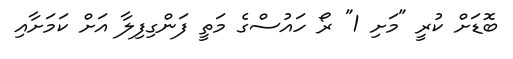
ބޮޑަށް ކުރީ "މަށި 1" ރޯ ހައުސްގެ މަތީ ފަންގިފިލާ އަށް ކަމަށާއި